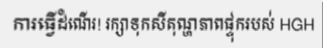
ការធ្វើដំណើរ! រក្សាទុកសីតុណ្ហភាពផ្ទុករបស់ HGH